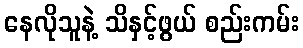
နေလိုသူနဲ့ သိနှင့်ဖွယ် စည်းကမ်း